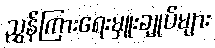
ညွှန်ကြားရေးမှူးချုပ်များ